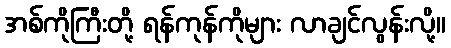
အစ်ကိုကြီးတို့ ရန်ကုန်ကိုများ လာချင်လွန်းလို့။